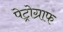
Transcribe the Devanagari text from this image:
पेट्रोग्राफ